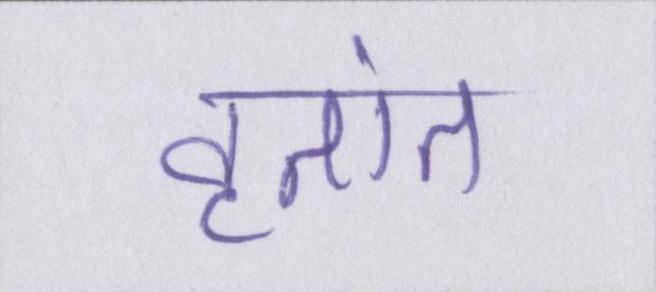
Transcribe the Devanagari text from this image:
वृतांत